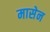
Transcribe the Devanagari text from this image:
मासेन